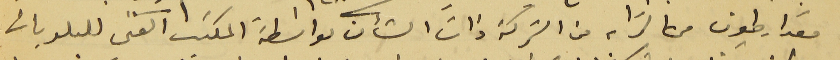
مقدار طون من الترابه من الشركة ذات الشأن بواسطة المكتب الفني للبلديات